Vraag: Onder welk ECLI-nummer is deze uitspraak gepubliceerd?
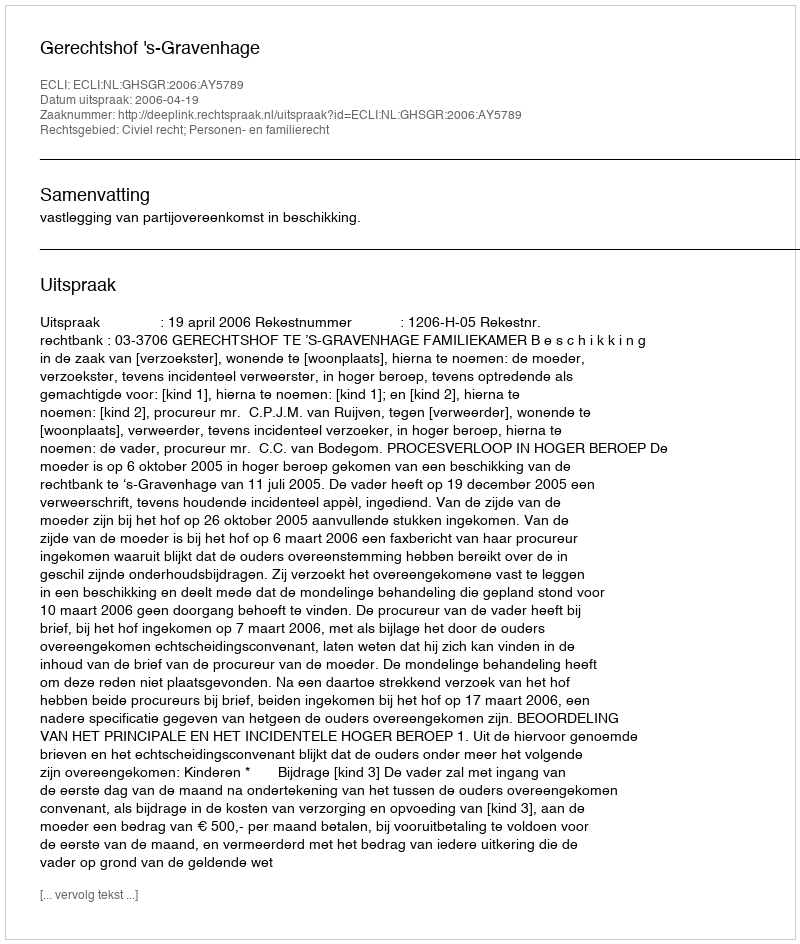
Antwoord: ECLI:NL:GHSGR:2006:AY5789